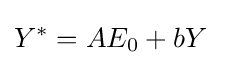
Y^{*}=AE_{0}+bY\;